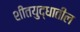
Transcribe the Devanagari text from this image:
शीतयुद्धातील